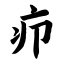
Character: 疖